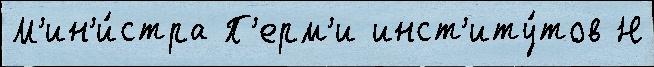
М'ин'и́стра П'ерм'и инст'иту́тов Н